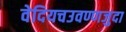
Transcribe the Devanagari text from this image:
वेदियचउवण्णजुदा